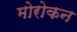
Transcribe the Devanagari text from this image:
मोरोकन